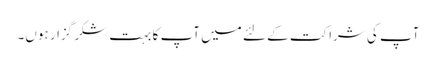
آپ کی شراکت کے لئے میں آپ کا بہت شکر گزار ہوں۔